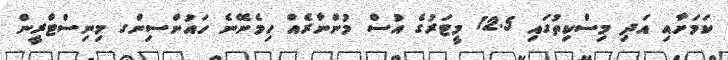
ކަމަށާއި އަދި މިސްކިތުގައި 12.5 މީޓަރުގެ އުސް މުންނާރެއް ހިމެނޭނެ ހައުންސިންގ މިނިސްޓްރީން